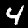
Digit: 4